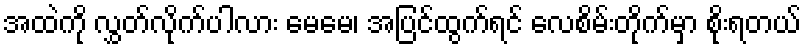
အထဲကို လွှတ်လိုက်ပါလား မေမေ၊ အပြင်ထွက်ရင် လေစိမ်းတိုက်မှာ စိုးရတယ်